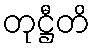
တုဋ္ဌီတိ